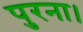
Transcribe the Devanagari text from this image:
पुरना।